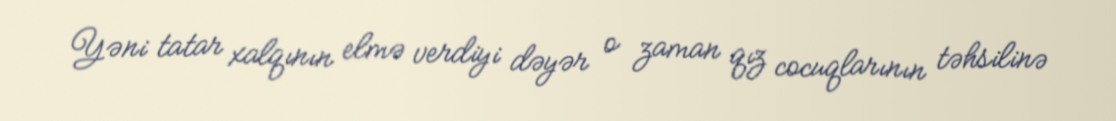
Yəni tatar xalqının elmə verdiyi dəyər o zaman qız cocuqlarının təhsilinə